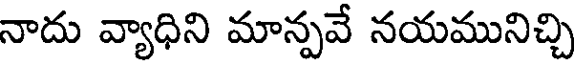
నాదు వ్యాధిని మాన్పవే నయమునిచ్చి